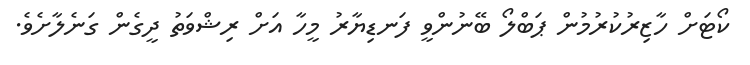
ކޯޓަށް ހާޒިރުކުރުމުން ޕަބްލޯ ބޭނުންވީ ފަނޑިޔާރު މީހާ އަށް ރިޝްވަތު ދީގެން ގަނެލާށެވެ.